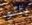
بالو